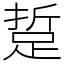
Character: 踅